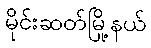
မိုင်းဆတ်မြို့နယ်